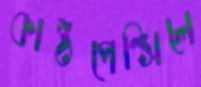
কাঠপেন্সিলে